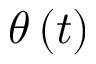
\theta \left( t \right)